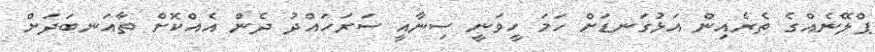
ޕްލޭނެއްގެ ތެރެއިން އަޅުގަނޑަށް ހަމަ ހީވަނީ ސިނާއީ ސަރަހައްދު ދެން އެއްކޮށް ތާއަނބަދަށް